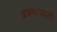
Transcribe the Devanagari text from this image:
अकबरावादी